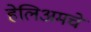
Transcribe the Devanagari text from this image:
हेलिअमचे